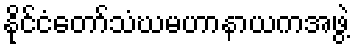
နိုင်ငံတော်သံဃမဟာနာယကအဖွဲ့